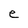
Character: e